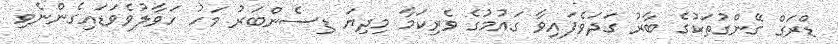
ޑްރަގް ގޭންގުތަކުގެ ބާރު ގަދަވެފައިވާ ގައުމުގެ ވެރިކަމާ މިދިޔަ ޑިސެންބަރު މަހު ހަވާލުވެވަޑައިގެންނެވި